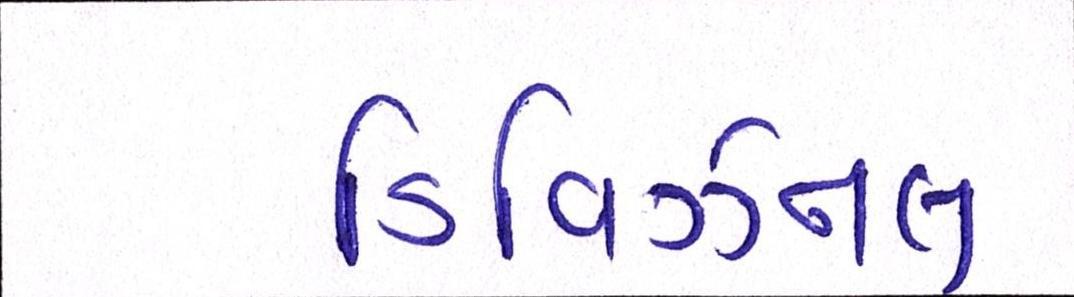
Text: ડિવિઝનલ